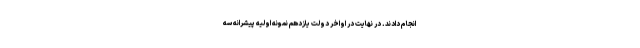
انجام دادند. در نهایت در اواخر دولت یازدهم نمونه اولیه پیشرانه سه